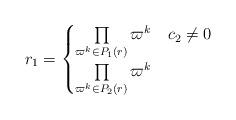
LaTeX: \begin{align*}r_1=\begin{cases}\prod\limits_{\varpi^k \in P_1(r)}\varpi^k &c_2\neq 0\\ \prod\limits_{\varpi^k\in P_2(r)}\varpi^k &\end{cases}\end{align*}